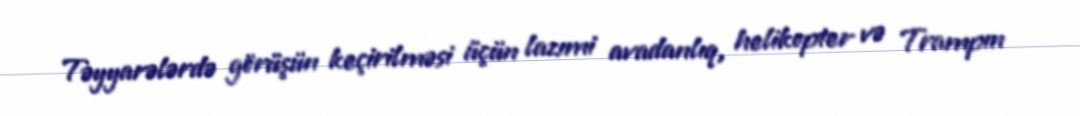
Təyyarələrdə görüşün keçirilməsi üçün lazımi avadanlıq, helikopter və Trampın